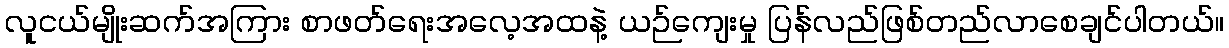
လူငယ်မျိုးဆက်အကြား စာဖတ်ရေးအလေ့အထနဲ့ ယဉ်ကျေးမှု ပြန်လည်ဖြစ်တည်လာစေချင်ပါတယ်။